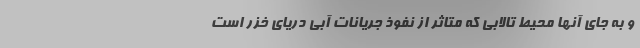
و به جای آنها محیط تالابی که متاثر از نفوذ جریانات آبی دریای خزر است